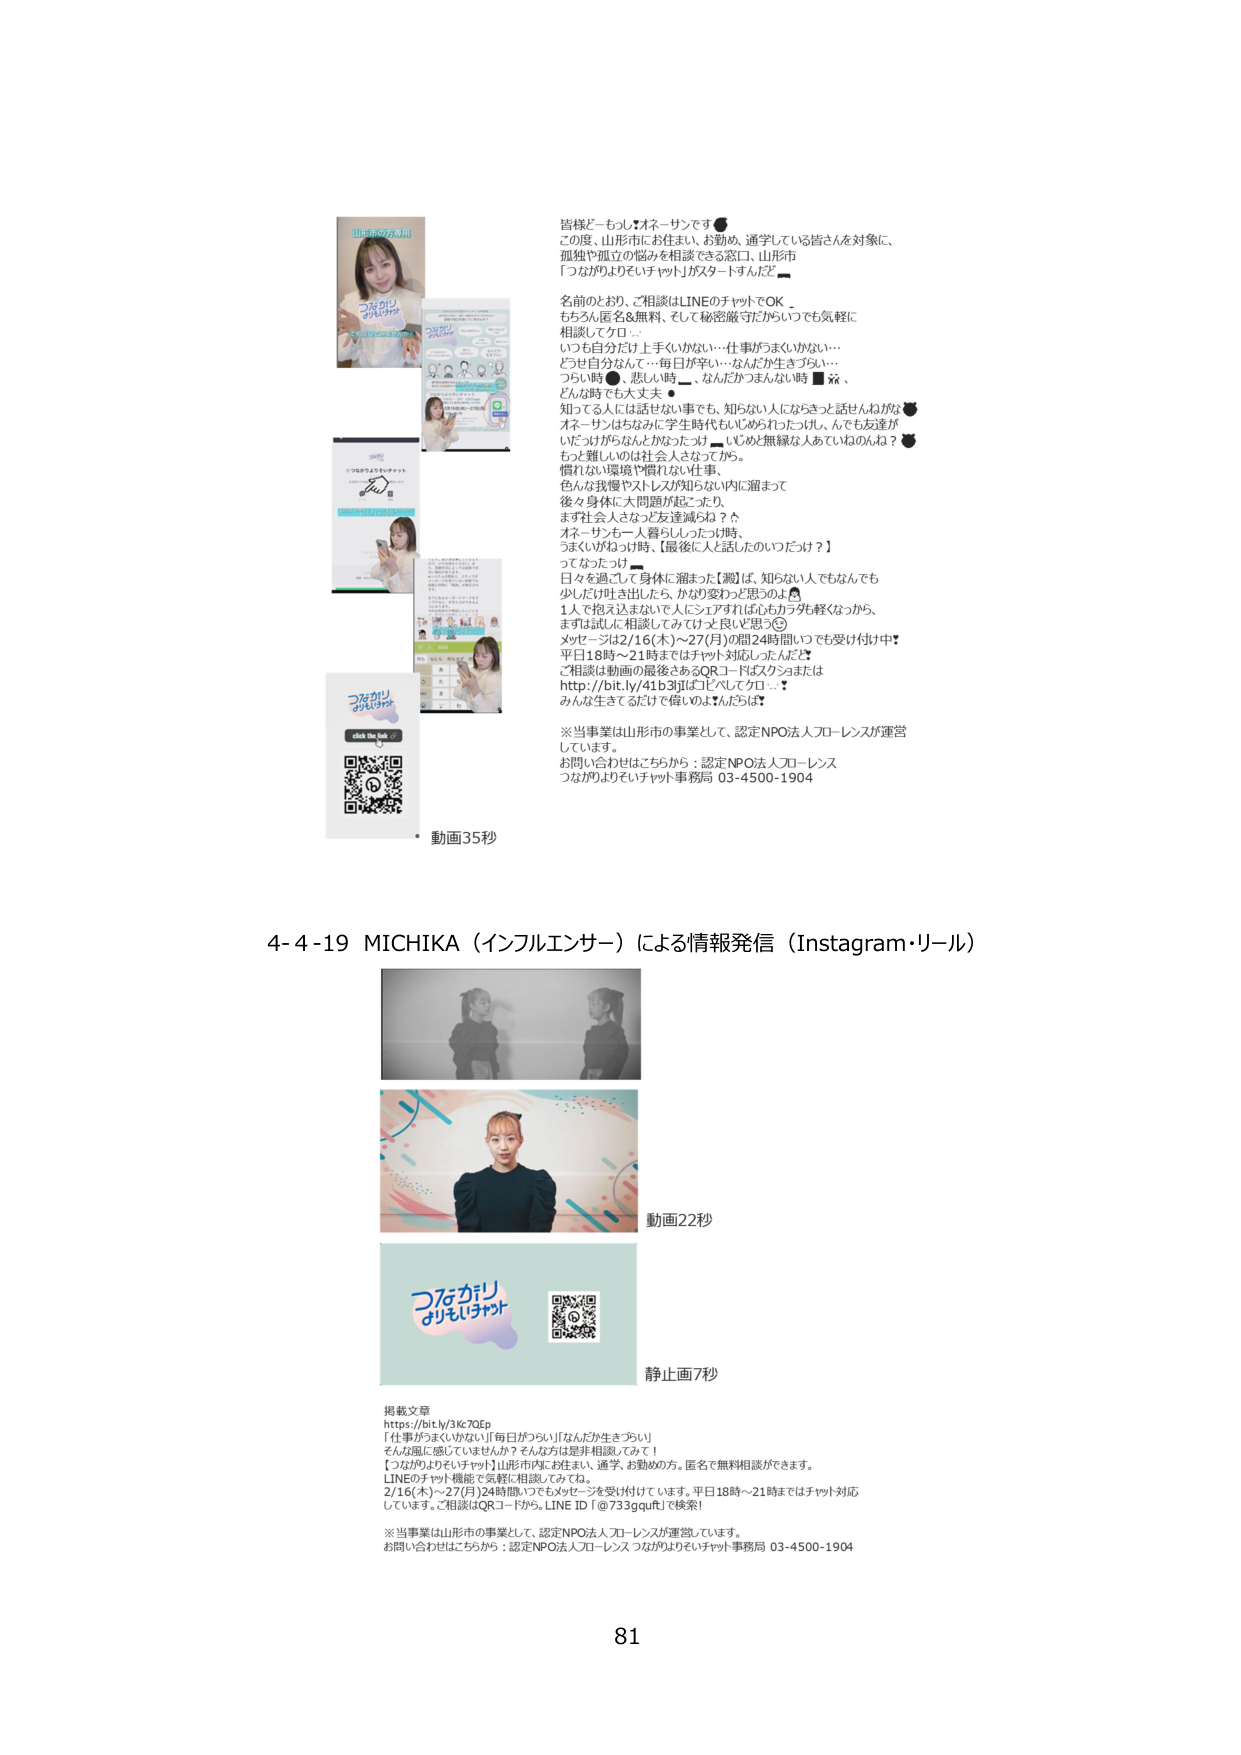
皆様どーもっ★オネーサンです⚫️
この度、山形市にお住まい、お勤め、通学している皆さんを対象に、
孤独や孤立の悩みを相談できる窓口、山形市
「つながりよりそいチャット」がスタートするんだよー

名前のとおり、ご相談はLINEのチャットでOK。
もちろん匿名＆無料、そして秘密厳守だからいつでも気軽に
相談してクロ…
いつも自分だけ上手くいかない…仕事がうまくいかない…
どうせ自分なんて…毎日が辛い…なんだか生きづらい…
つらい時⚫️、悲しい時⬜、なんだかつまんない時■※、
どんな時でも大丈夫⚫️
知ってる人には話せない事でも、知らない人にならきっと話せんねがな⚫️
オネーサンはちなみに学生時代もいじめられたりしちゃったし、
いじめられがちな人とかだったよー。いじめと無縁な人っていわんのね？⚫️
もっと難しいのは社会人さなってから。
慣れない環境や慣れない仕事、
色々な我慢やストレスが知らない内に溜まって
後ずさり身体に大問題が起こったり、
ます社会人さなって友達減らね？さ
オネーサンも一人暮らししちゃった時、
うまくいかねっとばっ時、「最後に人と話したのいつだっけ？」
ってなったっけ■
日々を過ごして身体に溜まった【親】は、知らない人でもなんでも
少しだけ吐き出したら、かなり変わっと思うのよ🫶
1人で抱え込まないで人にシェアすれば心もカラダも軽くなっから、
まずは試しに相談してみて(リ)て良いと思う◎
メッセージは2/16(木)～27(月)の間24時間いつでも受け付け中！
平日18時～21時まではチャット対応しちゃうよ！
ご相談は動画の最後にあるQRコードはスキャンまたは
http://bit.ly/41b3qljよりピッてクロ…▼
みんな生きてるだけで偉いのよ★たたは★

※当事業は山形市の事業として、認定NPO法人フローレンスが運営しています。
お問い合わせはこちらから：認定NPO法人フローレンス
つながりよりそいチャット事務局 03-4500-1904

・動画35秒

4-4-19 MICHIKA（インフルエンサー）による情報発信（Instagram・リール）

動画22秒
静止画7秒

掲載文章
https://bit.ly/3Kc70Ep
「仕事がうまくいかない」「毎日がつらい」「なんだか生きづらい」
そんな風に感じてませんか？そんな方は是非相談してみて！
【つながりよりそいチャット】山形市内にお住まい、通学、お勤めの方。匿名で無料相談ができます。
LINEのチャット機能で気軽に相談してみてね。
2/16(木)～27(月)24時間いつでもメッセージを受け付けています。平日18時～21時まではチャット対応しています。ご相談はQRコードから。LINE ID「@733gquft」で検索！

※当事業は山形市の事業として、認定NPO法人フローレンスが運営しています。
お問い合わせはこちらから：認定NPO法人フローレンス つながりよりそいチャット事務局 03-4500-1904

81